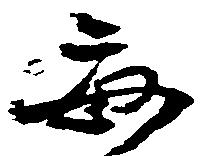
毎